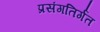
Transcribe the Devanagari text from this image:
प्रसंगतिर्गत